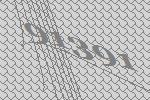
91391